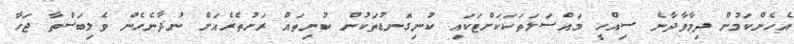
އެހެންކަމުން ދިމާވާދާނެ ސިއްހީ މައްސަލަތަކަކަށްޓަކައި ކުނިގޮނޑުތަކުން ކުނިތައް ރަށުތެރެއަށް ނުދާނެހެން ވެލިބަސްތާ ޖަހާ